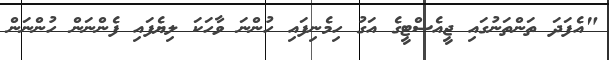
"އެފަދަ ތަންތަނުގައި ޖީއެސްޓީގެ އަގު ހިމެނިފައި ހުންނަ ވާހަކަ ލިޔެފައި ފެންނަން ހުންނަން